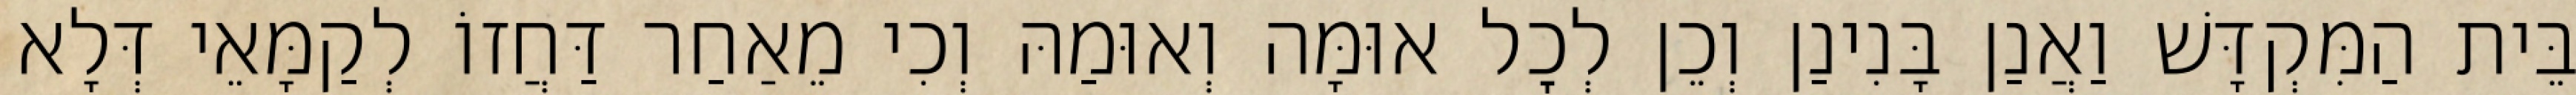
בֵּית הַמִּקְדָּשׁ וַאֲנַן בָּנִינַן וְכֵן לְכׇל אוּמָּה וְאוּמַהּ וְכִי מֵאַחַר דַּחֲזוֹ לְקַמָּאֵי דְּלָא